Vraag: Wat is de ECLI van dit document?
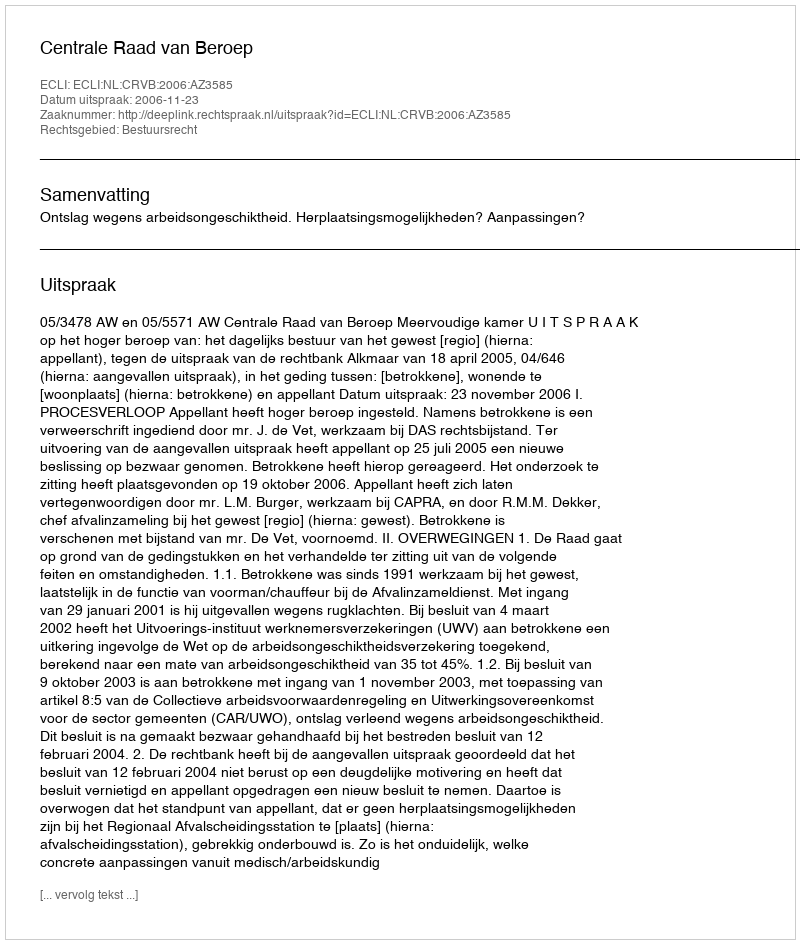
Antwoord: ECLI:NL:CRVB:2006:AZ3585